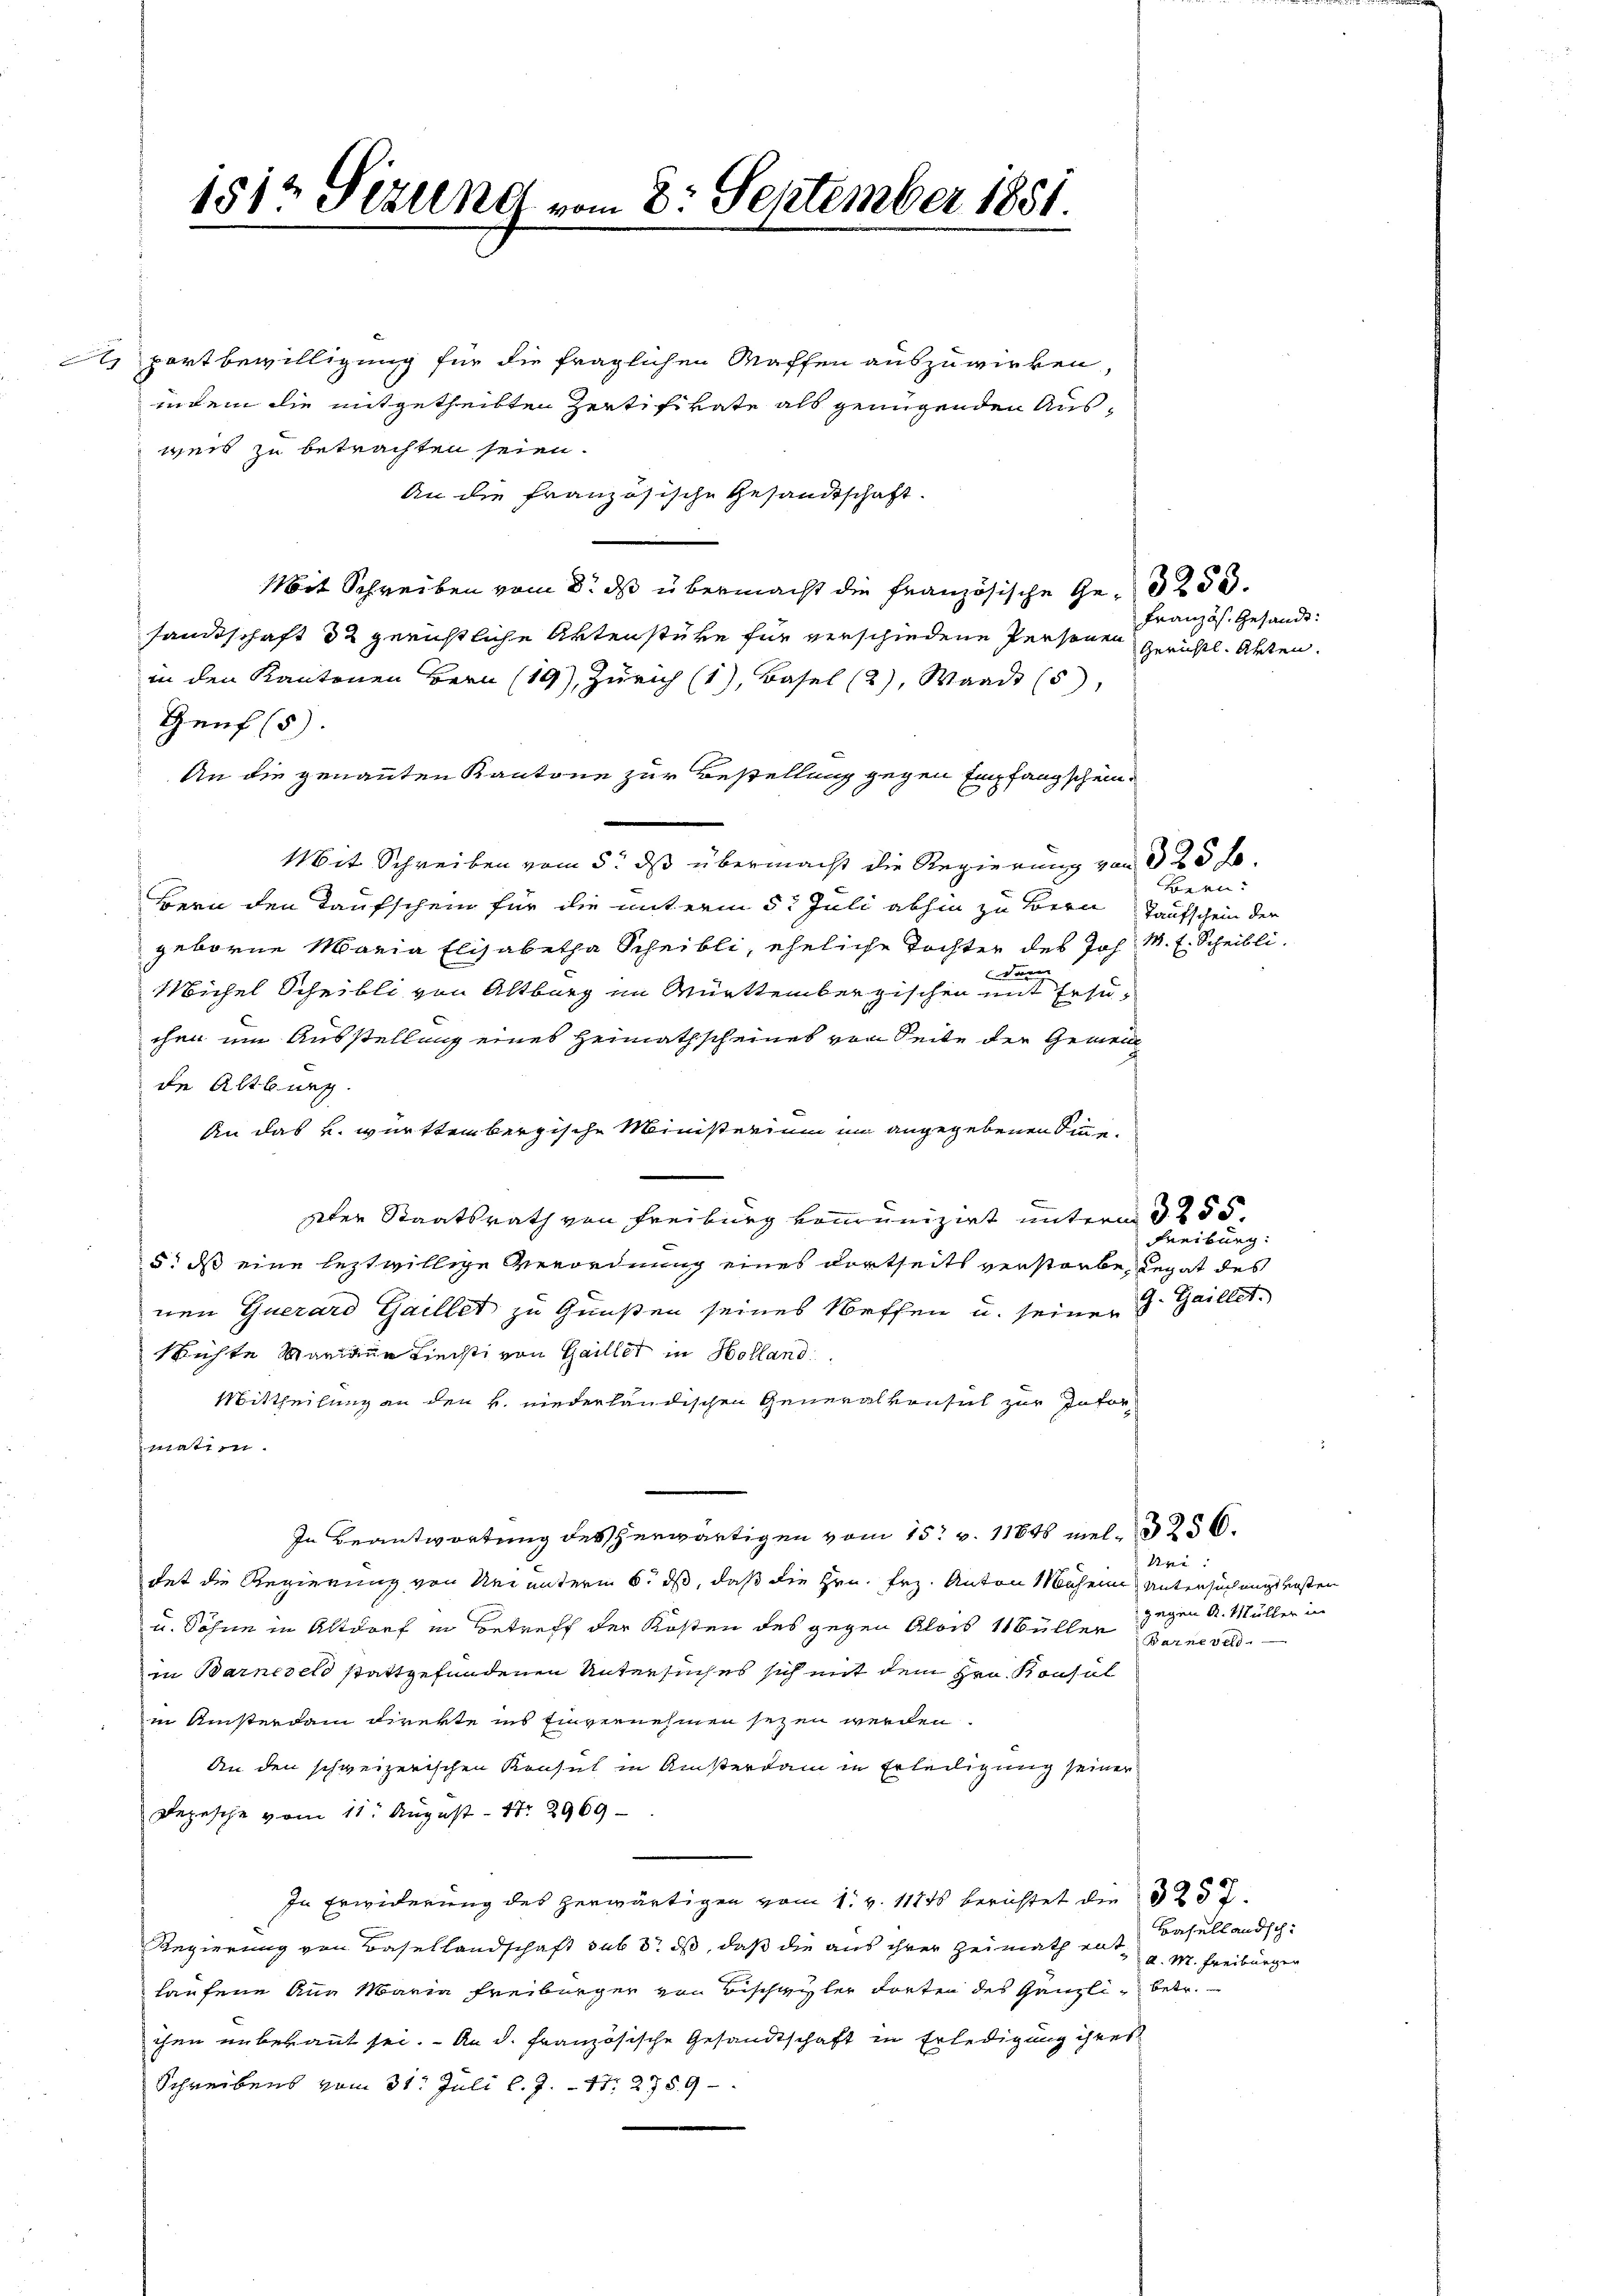
1812 Sizung vom 8. September 1881.

A portbewilligung für die fraglichen Waffen auszuwirken,
indem die mitgetheilten Zertifikate als genügenden Ausweis zu betrachten seien.
An die französische Gesandtschaft.
Mit Schreiben vom 8. ds übermacht die französische Ge-3250.
sandtschaft 32 gerichtliche Aktenstüke für verschiedene Personen geruhtl. Akten.
in den Kantonen Bern (19), Zürich (1), Basel (2), Waadt (5)
Genf (5).
An die genannten Kantone zur Bestellung gegen Empfangschein¬
Mit Schreiben vom 5. ds übermacht die Regierung von 325 f.
Bern den Taufschein für die unterm 5t Juli abhin zu Bern aufschein der
geborne Maria Elisabetha Scheibli, eheliche Tochter des Joh. M. E. Scheiblidan
Michel Scheibli von Altburg im Württembergischen mit Ersuchen um Ausstellung eines Heimathscheines von Seite der Gemei
de Altburg.
An das k. württembergische Ministerium im angegebenen Sinne¬
Der Staatsrath von Freiburg vomunizirt unterm 3. 255.
5: ds eine letztwillige Verordnung eines dortseits verstarbe, legat des
nen Guerard Gaillet zu Gunsten seines Neffen u. seiner  Gaillet,
Richte Mariane Liest von Gailler in Holland
Mittheilung an den u. niederländischen Generalvorsich zur Information.
In Beantwortung des herwärtigen vom 15. v. 11846 mel-3256.
Sei
tet die Regierung von der unterm 6. ds, daß die Hrn. Frz. Anton Mahen Untersuch nicht ersten
u. Söhne in Altdorf in Betreff der Kosten des gegen Alois 11 Büller gegen A. Müller in
in Barneser stattgefundenen Untersuches sich mit dem Hrn. Konsol
in Umsterdam Direkte ins Einvernehmen seyen werden.
An den schweizerischen Konsul in Ansterdam in Erteiligung seiner
Depesche vom 11. August - Nr. 2969
In Erwiderung des herwärtigen vom 1. v. 1171 berichtet die 32 37.
Regierung von Basellandschaft sub 3. ds, daß die aus ihrer Heimath ent v. M. Freiburger
laufene Aus Maria Freiburger von Bischwyler dorten des Gänzli, betr.
ihn unbekannt sei. An d. französische Gesandtschaft in Erledigung ihres
Schreibens vom 31. Juli l. J. 17. 278. 9

Französ. Gesandt:

Bern.

Freiburg

Barne ver

Basellandsch